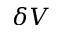
\delta V